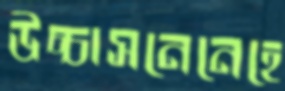
উচ্চাসনেনেহে